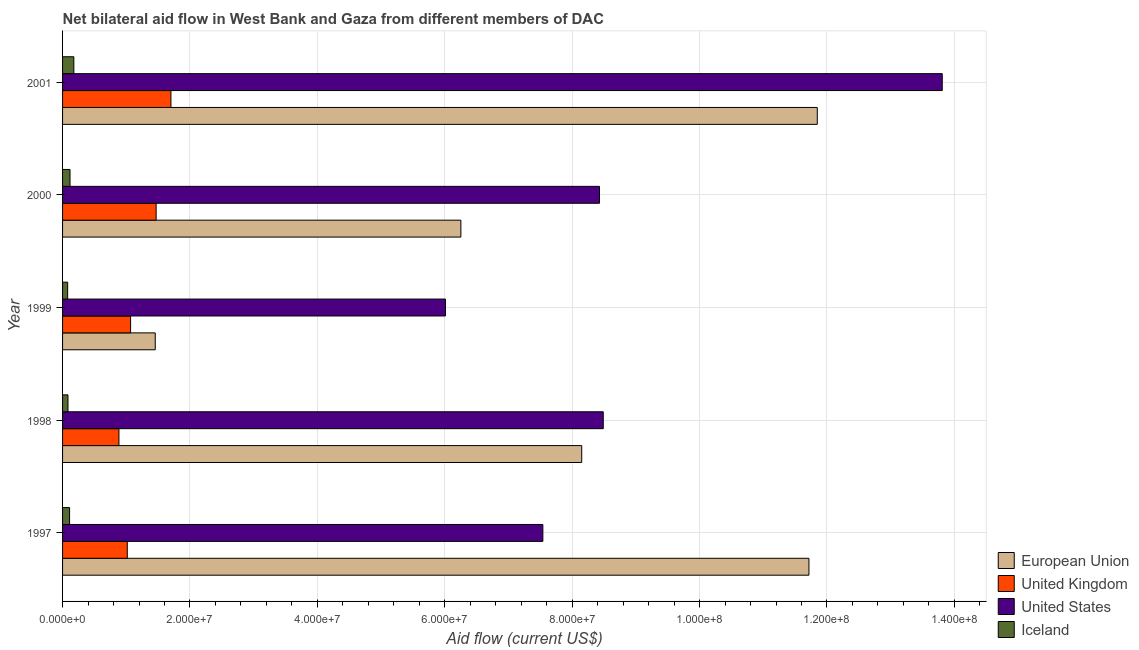
| Year | European Union | United Kingdom | United States | Iceland |
 | --- | --- | --- | --- | --- |
 | 1997 | 1.17e+08 | 1.02e+07 | 7.54e+07 | 1.1e+06 |
 | 1998 | 8.15e+07 | 8.85e+06 | 8.49e+07 | 8.5e+05 |
 | 1999 | 1.46e+07 | 1.07e+07 | 6.01e+07 | 8e+05 |
 | 2000 | 6.25e+07 | 1.47e+07 | 8.43e+07 | 1.17e+06 |
 | 2001 | 1.18e+08 | 1.7e+07 | 1.38e+08 | 1.77e+06 |